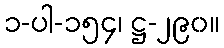
၁-ပါ-၁၅၄၊ ဋ္ဌ-၂၉၀။